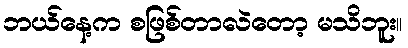
ဘယ်နေ့က စဖြစ်တာလဲတော့ မသိဘူး။